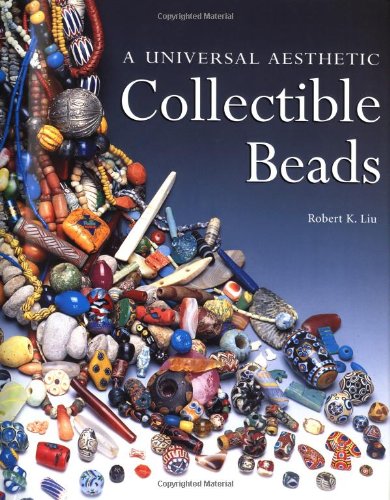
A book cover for Collectible Beads: A Universal Aesthetic (Beadwork Books); Robert K. Liu; Crafts, Hobbies & Home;